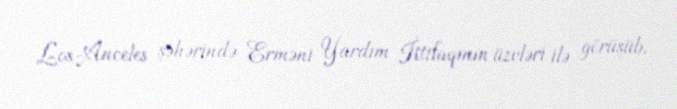
Los-Anceles şəhərində Erməni Yardım İttifaqının üzvləri ilə görüşüb.